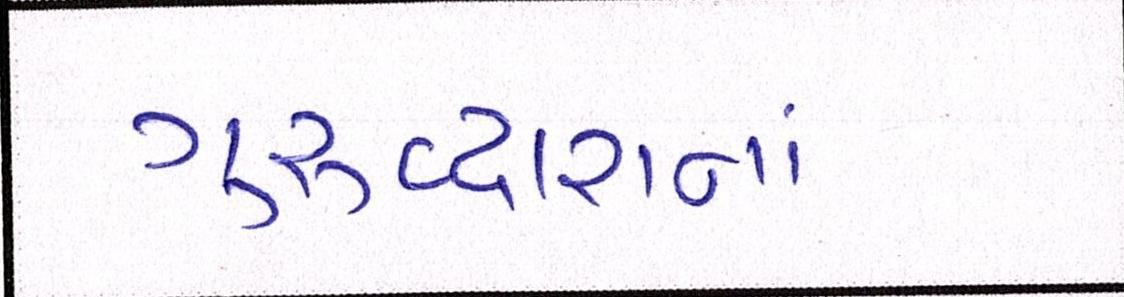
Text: ગુરુદ્વારાનાં